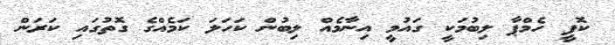
ކޮފީ ހެމްޕާ ލިބުމަކީ ގައުމީ އިނާމެއް ލިބުން ކަހަލަ ކަމެއްގެ ގޮތުގައި ކަރަން